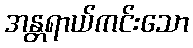
အန္တရာယ်ကင်းသော